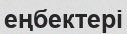
еңбектері